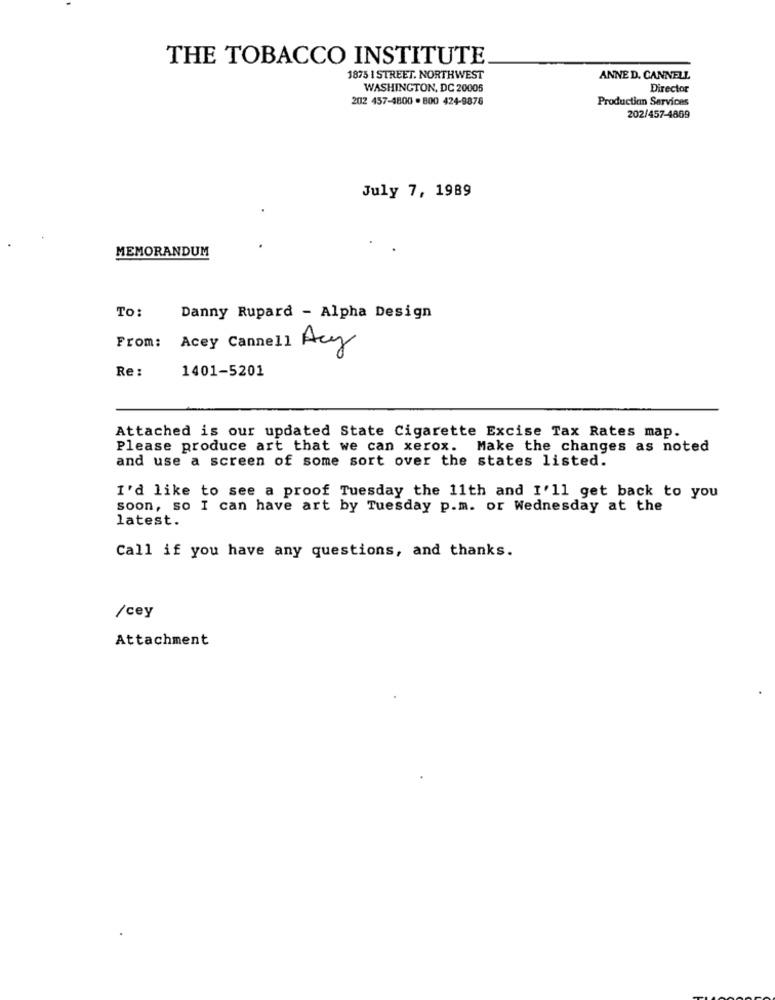
THE TOBACCO INSTITUTE
1875 I STREET. NORTHWEST
ANNE D. CANNELL
WASHINGTON, DC 20005
Director
202 457-4800 - 800 424-9878
Production Services
202/457-4869
July 7, 1989
MEMORANDUM
TO:
Danny Rupard - Alpha Design
From: Acey Cannell Acy
Re:
1401-5201
Attached is our updated State Cigarette Excise Tax Rates map.
Please produce art that we can xerox. Make the changes as noted
and use a screen of some sort over the states listed.
I'd like to see a proof Tuesday the 11th and I'll get back to you
soon, so I can have art by Tuesday p.m. or Wednesday at the
latest.
Call if you have any questions, and thanks.
/cey
Attachment